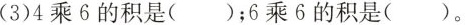
(3)4乘6的积是( )；6乘6的积是( )。